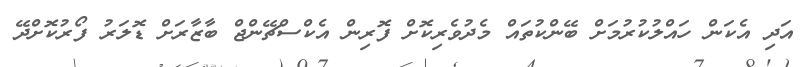
އަދި އެކަން ހައްލުކުރުމަށް ބޭންކުތައް މެދުވެރިކޮށް ފޮރިން އެކްސްޗޭންޖް ބާޒާރަށް ޑޮލަރު ފޯރުކޮށްދޭ